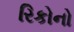
રિકોનો